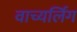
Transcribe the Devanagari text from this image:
वाच्यर्लिंग